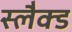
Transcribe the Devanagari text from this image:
स्लैक्ड